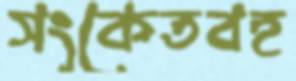
সংকেতবহ